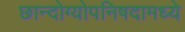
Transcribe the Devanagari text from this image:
छान्दोग्योपनिषदामध्ये